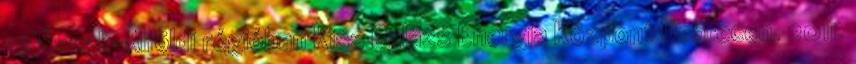
az Észak-Alföldi régióban Kiss Balázs Energia Központ Debrecen, 2011.